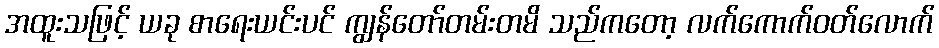
အထူးသဖြင့် ယခု စာရေးယင်းပင် ကျွန်တော်တမ်းတမိ သည်ကတော့ လက်ကောက်ဝတ်လောက်